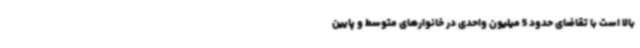
بالا است با تقاضای حدود 5 میلیون واحدی در خانوارهای متوسط و پایین